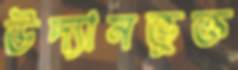
উদ্যানভুক্ত